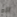
اااه